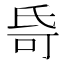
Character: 𬇌